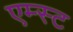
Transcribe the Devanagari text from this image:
एम्स्ट